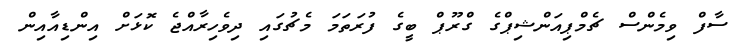
ސާފް ވިމެންސް ޗެމްޕިއަންޝިޕްގެ ގްރޫޕް ބީގެ ފުރަތަމަ މެޗުގައި ދިވެހިރާއްޖެ ކޮޅަށް އިންޑިއާއިން